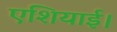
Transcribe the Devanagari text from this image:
एशियाई।